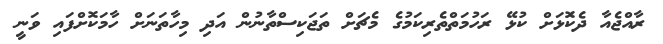
ރާއްޖެއާ ދެކޮަޅަށް ކުޅޭ ރަހުމަތްތެރިކަމުގެ މެޗަށް ތަޖަކިސްތާނުން އަދި މިހާތަނަށް ހާމަކޮށްފައި ވަނީ